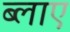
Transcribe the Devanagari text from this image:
ब्लाए